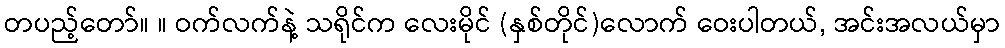
တပည့်တော်။ ။ ဝက်လက်နဲ့ သရိုင်က လေးမိုင် (နှစ်တိုင်)လောက် ဝေးပါတယ်, အင်းအလယ်မှာ